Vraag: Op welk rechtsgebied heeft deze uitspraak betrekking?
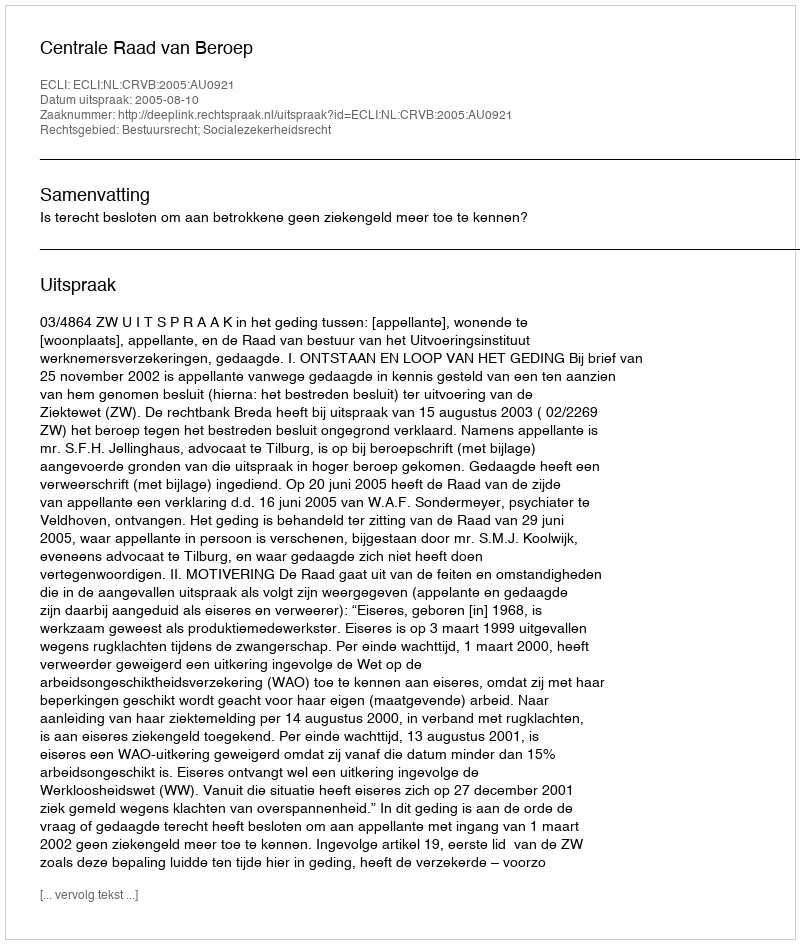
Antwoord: Bestuursrecht; Socialezekerheidsrecht